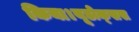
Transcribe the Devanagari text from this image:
किया।यूडोक्‍सस